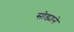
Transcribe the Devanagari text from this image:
सोड्याने